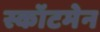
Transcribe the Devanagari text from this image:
स्कॉटमेन